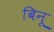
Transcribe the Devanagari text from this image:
बिनू